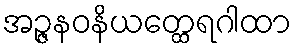
အဉ္ဇနဝနိယတ္ထေရဂါထာ